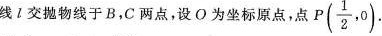
线i交抛物线于B.C两点，设O为坐标原点，点 P( \frac{1}{2},0)\cdot